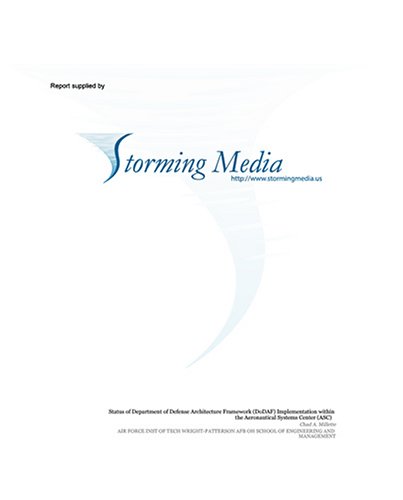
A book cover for Satellite On-Orbit Refueling: A Cost Effectiveness Analysis; Rustie L. Hibbard; Health, Fitness & Dieting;